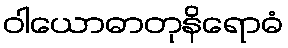
ဝါယောဓာတုနိရောဓံ